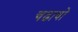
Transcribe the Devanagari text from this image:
चढावो